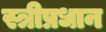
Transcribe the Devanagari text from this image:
स्त्रीप्रधान